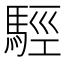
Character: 𩣪